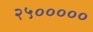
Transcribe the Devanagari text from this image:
२५०००००